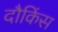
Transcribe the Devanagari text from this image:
दौकिंस